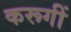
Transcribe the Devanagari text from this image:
करूगीं